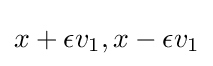
x+\epsilon v_{1},x-\epsilon v_{1}